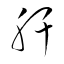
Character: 肝